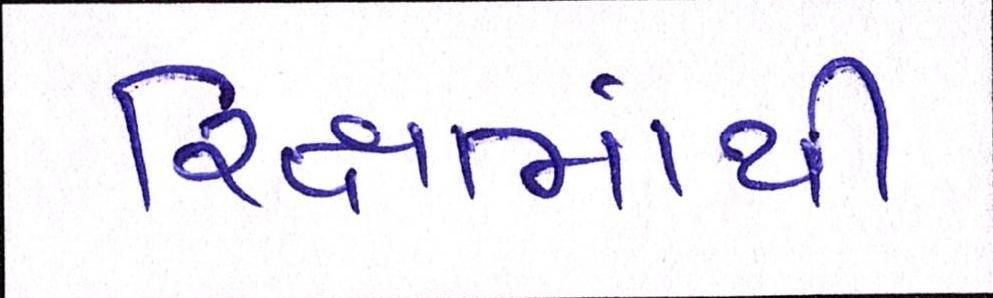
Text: રિક્ષામાંથી